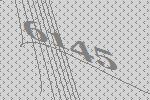
6145